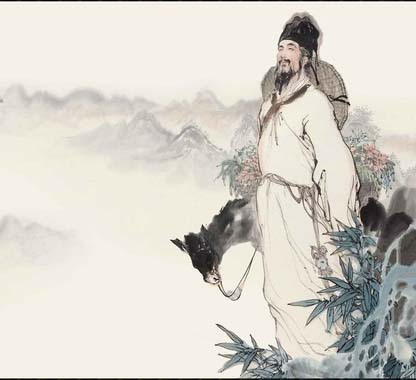
阁中帝子今何在？槛外长江空自流。